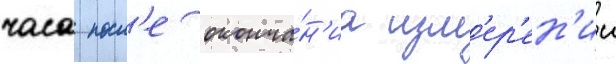
часа посл'е оконча́н'иа изм'ер'ен'ии